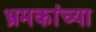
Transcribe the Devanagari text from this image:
भ्रमकांच्या